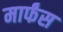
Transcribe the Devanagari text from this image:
मार्फंस